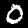
Label: 0